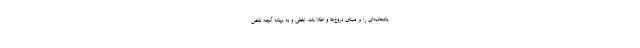
یکجانبه‌ای را بر مبنای دروغ‌ها و اطلاعات غلطی و به بهانه آنچه نقض